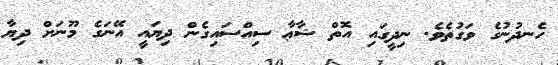
ހެނދުނުގެ ވަގުތެވެ. ނިދީގައި އޮތް ޝާޢާ ސިއްސައިގެން ދިޔައީ އޭނަގެ މޫނަށް ދިޔާ